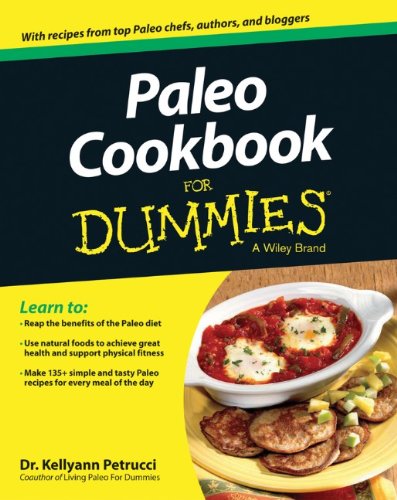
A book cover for Paleo Cookbook For Dummies; Kellyann Petrucci; Health, Fitness & Dieting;